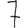
Digit: 7